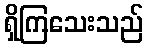
ရှိကြသေးသည်